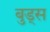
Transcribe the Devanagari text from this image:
बुड्‌स